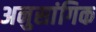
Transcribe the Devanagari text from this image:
अनुसांगिक